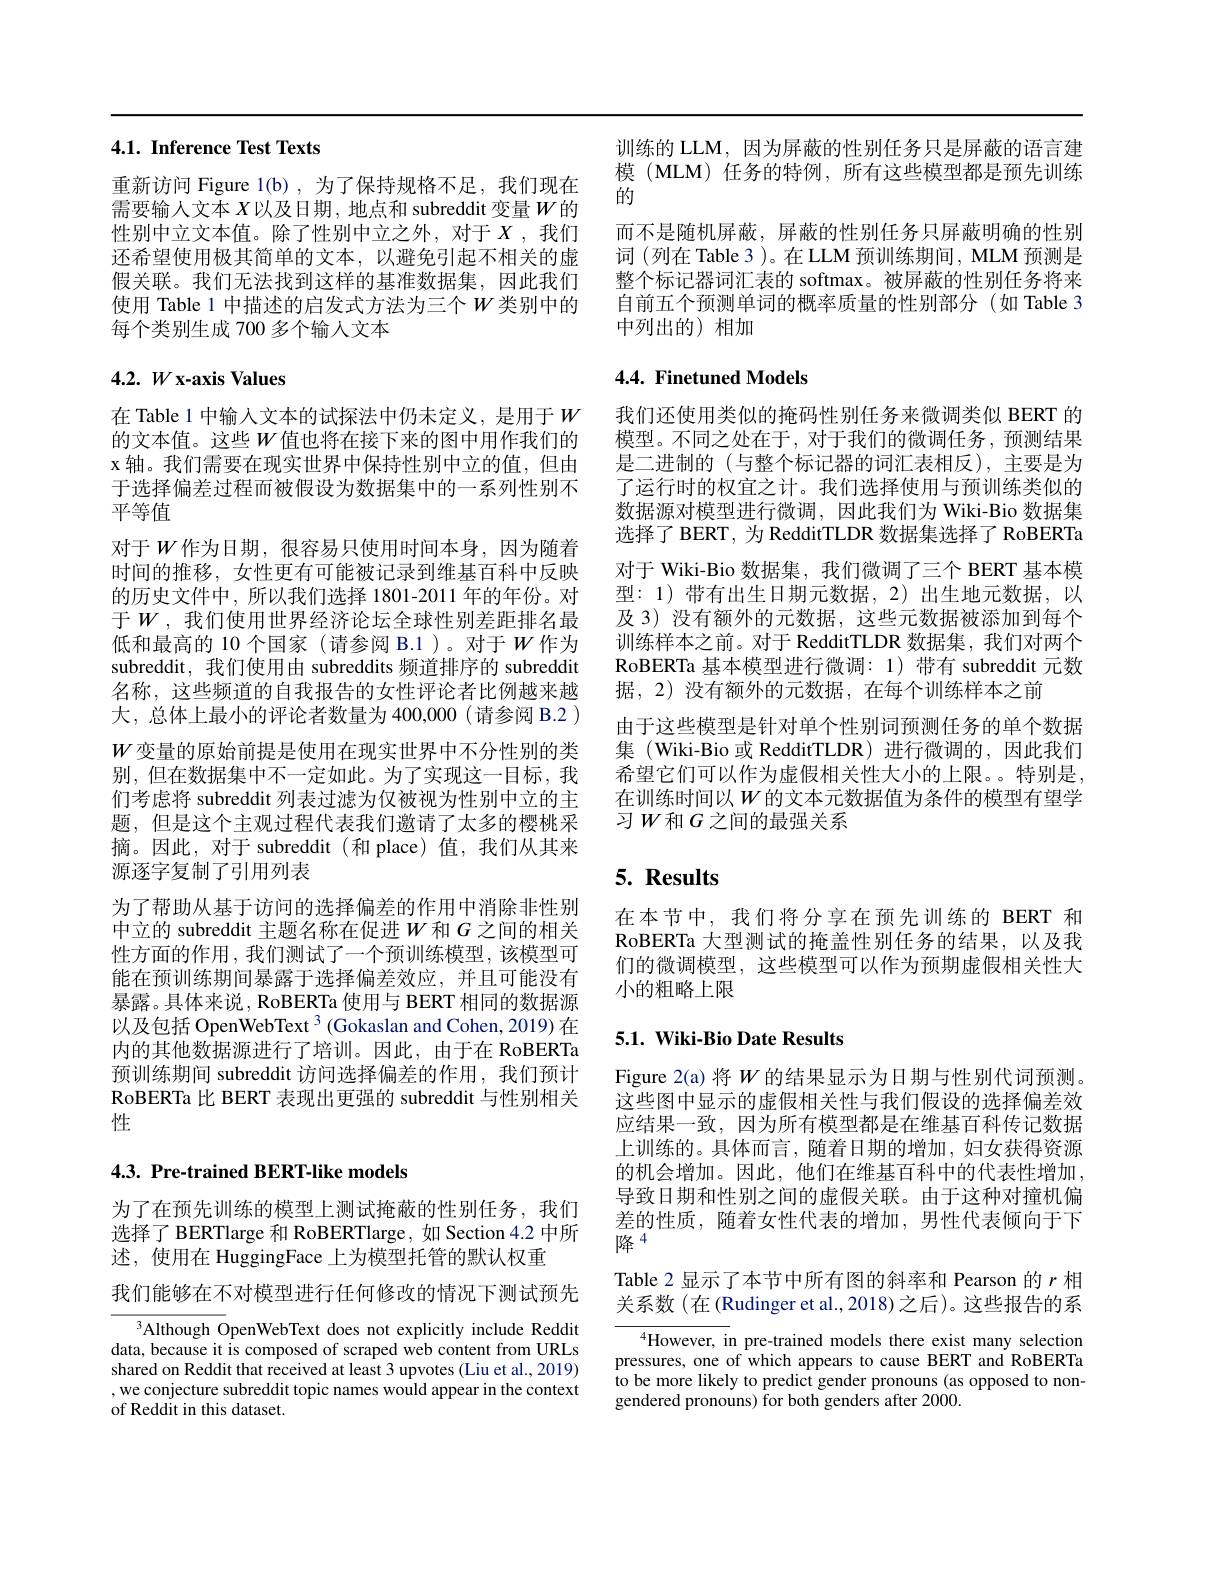
# 4.1. Inference Test Texts

重新访问 Figure 1(b),为了保持规格不足，我们现在需要输人文本 $X$以及日期，地点和 subreddit 变量$W$的性别中立文本值。除了性别中立之外，对于$X$,我们还希望使用极其简单的文本，以避免引起不相关的虚假关联。我们无法找到这样的基准数据集，因此我们使用 Table 1 中描述的启发式方法为三个$W$类别中的每个类别生成 700 多个输人文本

# $4. 2. W\textbf{x- axis Values}$

于选择偏差过程而被假设为数据集中的一系列性别不
平等值
对于$W$作为日期，很容易只使用时间本身，因为随着时间的推移，女性更有可能被记录到维基百科中反映的历史文件中，所以我们选择 1801-2011 年的年份。对于$W$, 我们使用世界经济论坛全球性别差距排名最低和最高的 10 个国家(请参阅 B.1)。对于$W$作为subreddit, 我们使用由 subreddits 频道排序的 subreddit 名称，这些频道的自我报告的女性评论者比例越来越大，总体上最小的评论者数量为 400,000( 请参阅 B.2 ) $W$变量的原始前提是使用在现实世界中不分性别的类别，但在数据集中不一定如此。为了实现这一目标，我们考虑将 subreddit 列表过滤为仅被视为性别中立的主题，但是这个主观过程代表我们邀请了太多的樱桃采摘。因此，对于 subreddit (和 place) 值，我们从其来源逐字复制了引用列表
为了帮助从基于访问的选择偏差的作用中消除非性别中立的 subreddit 主题名称在促进$W$和 $G$ 之间的相关性方面的作用 , 我们测试了一个预训练模型 , 该模型可能在预训练期间暴露于选择偏差效应，并且可能没有暴露。具体来说，RoBERTa 使用与 BERT 相同的数据源以及包括 OpenWebText 3 (Gokaslan and Cohen, 2019) 在内的其他数据源进行了培训。因此，由于在 RoBERTa 预训练期间 subreddit 访问选择偏差的作用，我们预计RoBERTa 比 BERT 表现出更强的 subreddit 与性别相关性

## 4.3. Pre-trained BERT-like models

为了在预先训练的模型上测试掩蔽的性别任务，我们选择了 BERTlarge 和 RoBERTlarge, 如 Section 4.2 中所述，使用在 HuggingFace 上为模型托管的默认权重
我们能够在不对模型进行任何修改的情况下测试预先

Although OpenWebText does not explicitly include Reddit data, because it is composed of scraped web content from URLs shared on Reddit that received at least 3 upvotes (Liu et al., 2019) , we conjecture subreddit topic names would appear in the context of Reddit in this dataset.

训练的 LLM,因为屏蔽的性别任务只是屏蔽的语言建模 (MLM) 任务的特例，所有这些模型都是预先训练的
而不是随机屏蔽，屏蔽的性别任务只屏蔽明确的性别词 (列在 Table 3 )。在 LLM 预训练期间，MLM 预测是整个标记器词汇表的 softmax。被屏蔽的性别任务将来自前五个预测单词的概率质量的性别部分(如 Table 3中列出的)相加

## 4.4. Finetuned Models

在 Table 1 中输人文本的试探法中仍未定义，是用于$W$ 我们还使用类似的掩码性别任务来微调类似 BERT 的的文本值。这些$W$值也将在接下来的图中用作我们的 模型。不同之处在于，对于我们的微调任务，预测结果x 轴。我们需要在现实世界中保持性别中立的值，但由 是二进制的(与整个标记器的词汇表相反),主要是为
了运行时的权宜之计。我们选择使用与预训练类似的数据源对模型进行微调，因此我们为 Wiki-Bio 数据集选择了BERT，为 ReddifTLDR 数据集选择了RoBERTa 对于 Wiki-Bio 数据集，我们微调了三个 BERT 基本模型：1)带有出生日期元数据，2)出生地元数据，以及 3) 没有额外的元数据，这些元数据被添加到每个训练样本之前。对于 RedditTLDR 数据集，我们对两个RoBERTa 基本模型进行微调：1) 带有 subreddit 元数据，2)没有额外的元数据，在每个训练样本之前
由于这些模型是针对单个性别词预测任务的单个数据集 (Wiki-Bio 或 RedditTLDR) 进行微调的，因此我们希望它们可以作为虚假相关性大小的上限。。特别是， 在训练时间以$W$的文本元数据值为条件的模型有望学习$W$和$G$之间的最强关系

# 5. Results

在本节中，我们将分享在预先训练的 BERT 和RoBERTa 大型测试的掩盖性别任务的结果，以及我们的微调模型，这些模型可以作为预期虚假相关性大小的粗略上限

## 5.1. Wiki-Bio Date Results

Figure 2(a) 将$W$的结果显示为日期与性别代词预测。这些图中显示的虚假相关性与我们假设的选择偏差效应结果一致，因为所有模型都是在维基百科传记数据上训练的。具体而言，随着日期的增加，妇女获得资源的机会增加。因此，他们在维基百科中的代表性增加， 导致日期和性别之间的虚假关联。由于这种对撞机偏差的性质，随着女性代表的增加，男性代表倾向于下$\overline{\text{降}}^{4}$
Table 2 显示了本节中所有图的斜率和 Pearson 的$r$相

关系数(在(Rudinger et al.,2018)之后)。这些报告的系

$^{4}$However, in pre-trained models there exist many selection pressures, one of which appears to cause BERT and RoBERTa to be more likely to predict gender pronouns (as opposed to nongendered pronouns) for both genders after 2000.